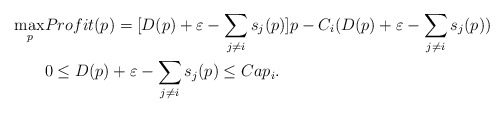
\begin{align*}\max_{p}& Profit(p)=[D(p)+\varepsilon-\sum_{j\ne i}s_{j}(p)]p-C_{i}(D(p)+\varepsilon-\sum_{j\ne i}s_{j}(p))\\& 0\le D(p)+\varepsilon-\sum_{j\ne i}s_{j}(p)\le Cap_{i}.\end{align*}